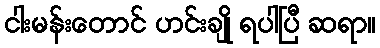
ငါးမန်းတောင် ဟင်းချို ရပါပြီ ဆရာ။